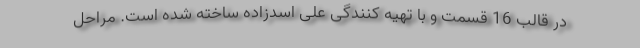
در قالب 16 قسمت و با تهیه ‌کنندگی علی اسدزاده ساخته شده است. مراحل